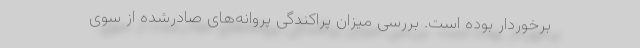
برخوردار بوده است. بررسی میزان پراکندگی پروانه‌های صادرشده از سوی